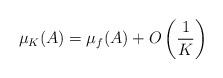
LaTeX: \begin{align*}\mu_K(A)=\mu_{f}(A) + O\left(\frac{1}{K}\right) \end{align*}